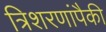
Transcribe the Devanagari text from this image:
त्रिशरणांपैकी